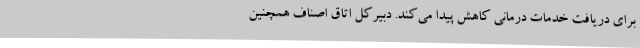
برای دریافت خدمات درمانی کاهش پیدا می‌کند. دبیرکل اتاق اصناف همچنین